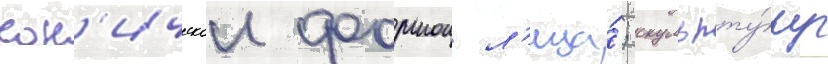
кон'ическои формои л'ица́; скульпту́ру